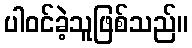
ပါဝင်ခဲ့သူဖြစ်သည်။